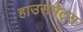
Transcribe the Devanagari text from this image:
हाउसमेट्स